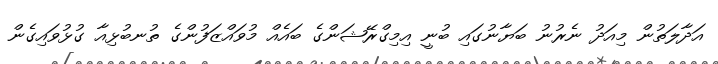
އަދާލަތުން މިއަދު ނެރުނު ބަޔާނުގައި ބުނީ އިމިގްރޭޝަންގެ ބައެއް މުވައްޒަފުންގެ ތުނބުޅިއާ ގުޅުވައިގެން